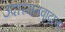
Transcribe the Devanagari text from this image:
उदारमतवादाचा